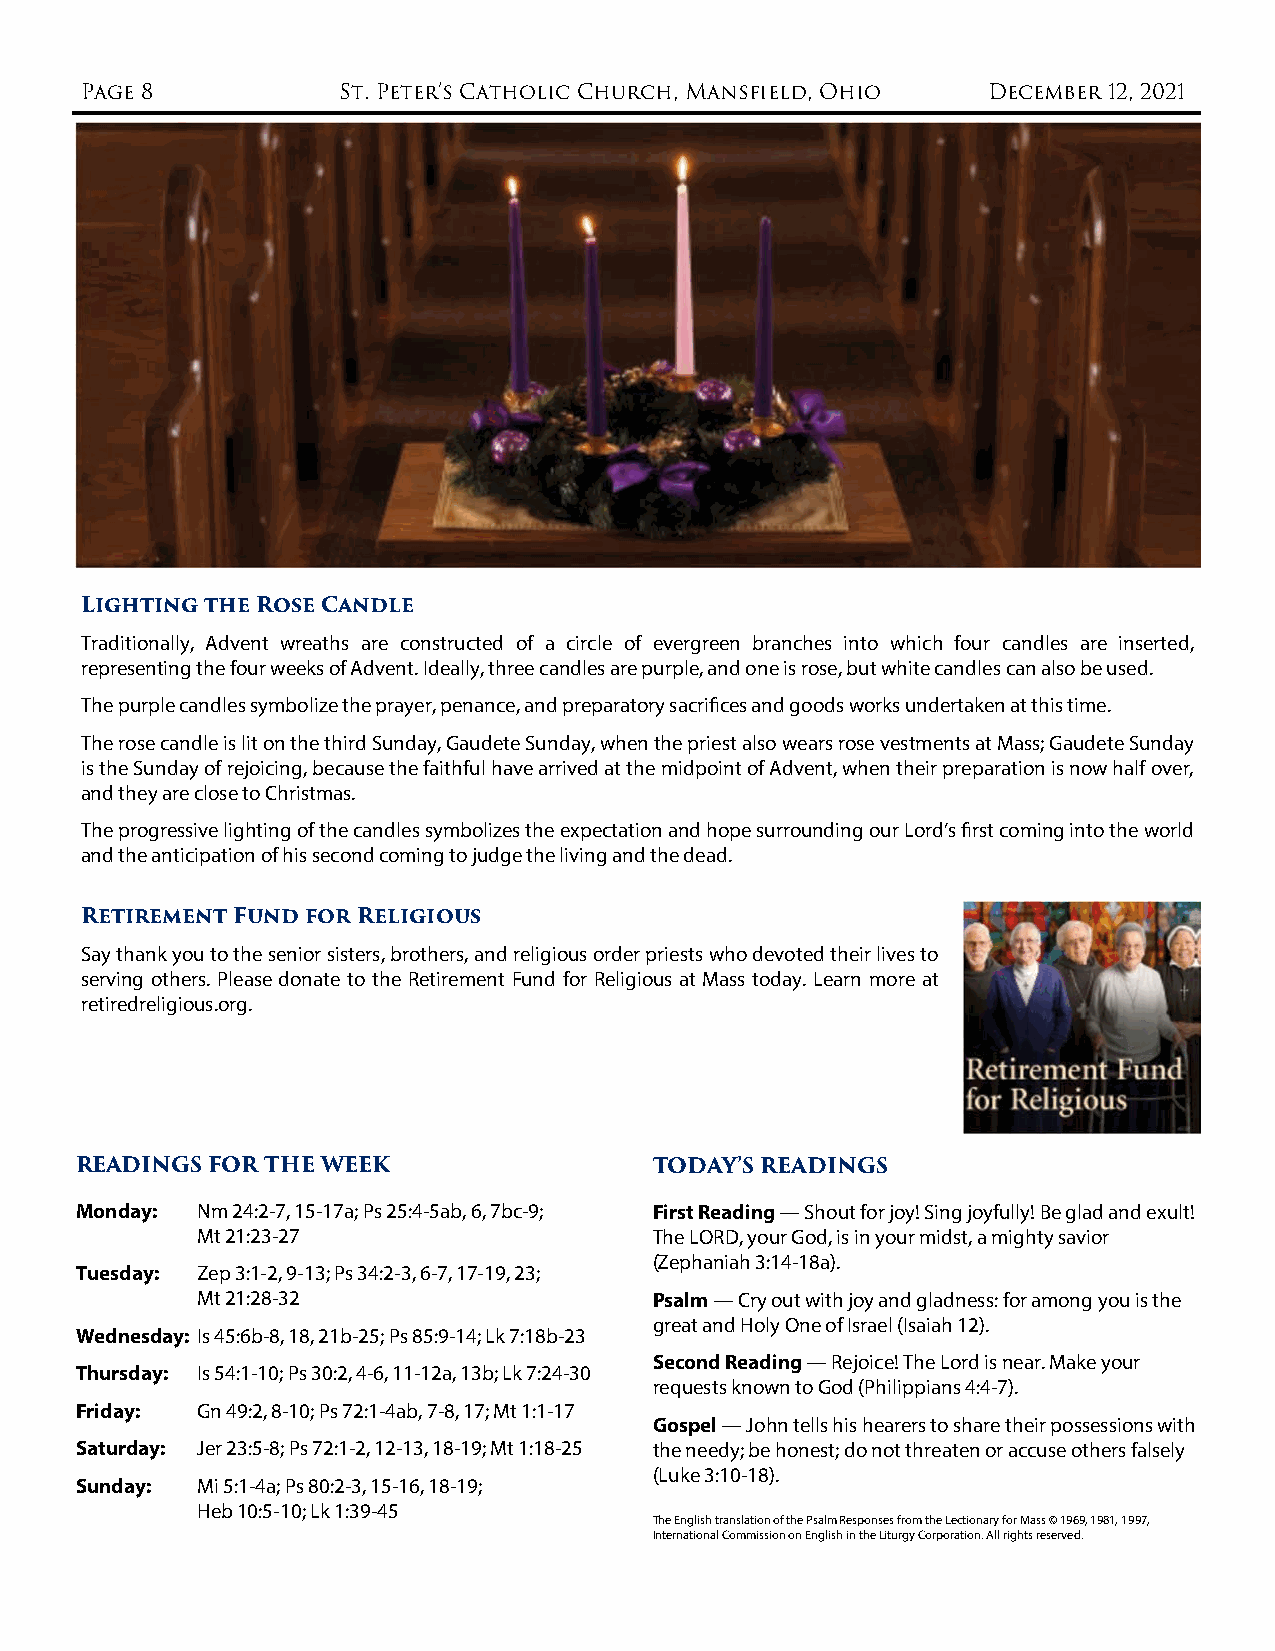
Page 8           St. Peter’s Catholic Church, Mansfield, Ohio December 12, 2021
 Lighting the Rose Candle
 Traditionally, Advent wreaths are constructed of a circle of evergreen branches into which four candles are inserted,
 representing the four weeks of Advent. Ideally, three candles are purple, and one is rose, but white candles can also be used.
 The purple candles symbolize the prayer, penance, and preparatory sacrifices and goods works undertaken at this time.
 The rose candle is lit on the third Sunday, Gaudete Sunday, when the priest also wears rose vestments at Mass; Gaudete Sunday
 is the Sunday of rejoicing, because the faithful have arrived at the midpoint of Advent, when their preparation is now half over,
 and they are close to Christmas.
 The progressive lighting of the candles symbolizes the expectation and hope surrounding our Lord’s first coming into the world
 and the anticipation of his second coming to judge the living and the dead.
 Retirement Fund for Religious
 Say thank you to the senior sisters, brothers, and religious order priests who devoted their lives to
 serving others. Please donate to the Retirement Fund for Religious at Mass today. Learn more at
 retiredreligious.org.
 READINGS FOR THE WEEK                 TODAY’S READINGS
 Monday: Nm 24:2-7, 15-17a; Ps 25:4-5ab, 6, 7bc-9; First Reading — Shout for joy! Sing joyfully! Be glad and exult!
 Mt 21:23-27                   The LORD, your God, is in your midst, a mighty savior
 (Zephaniah 3:14-18a).
 Tuesday: Zep 3:1-2, 9-13; Ps 34:2-3, 6-7, 17-19, 23;
 Mt 21:28-32                   Psalm — Cry out with joy and gladness: for among you is the
 great and Holy One of Israel (Isaiah 12).
 Wednesday: Is 45:6b-8, 18, 21b-25; Ps 85:9-14; Lk 7:18b-23
 Second Reading — Rejoice! The Lord is near. Make your
 Thursday: Is 54:1-10; Ps 30:2, 4-6, 11-12a, 13b; Lk 7:24-30
 requests known to God (Philippians 4:4-7).
 Friday: Gn 49:2, 8-10; Ps 72:1-4ab, 7-8, 17; Mt 1:1-17
 Gospel — John tells his hearers to share their possessions with
 Saturday: Jer 23:5-8; Ps 72:1-2, 12-13, 18-19; Mt 1:18-25 the needy; be honest; do not threaten or accuse others falsely
 (Luke 3:10-18).
 Sunday: Mi 5:1-4a; Ps 80:2-3, 15-16, 18-19;
 Heb 10:5-10; Lk 1:39-45
 The English translation of the Psalm Responses from the Lectionary for Mass © 1969, 1981, 1997,
 International Commission on English in the Liturgy Corporation. All rights reserved.